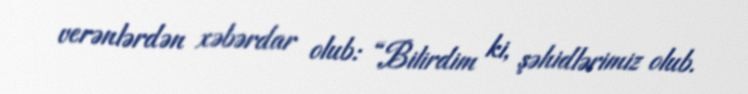
verənlərdən xəbərdar olub: “Bilirdim ki, şəhidlərimiz olub.